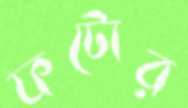
ফটোর